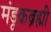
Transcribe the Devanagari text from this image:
मंडूकब्रह्मी